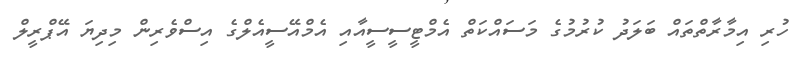
ހުރި އިމާރާތްތައް ބަލަދު ކުރުމުގެ މަސައްކަތް އެމްޓީސީސީއާއި އެމްއޭސީއެލްގެ އިސްވެރިން މިދިޔަ އޭޕްރީލް